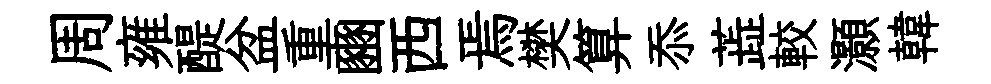
周雍醍盆重豳西焉樊算忝蕋較灝韓